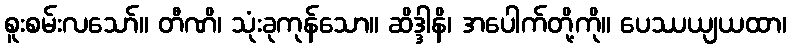
စူးစမ်းလသော်။ တီဏိ၊ သုံးခုကုန်သော။ ဆိဒ္ဒါနိ၊ အပေါက်တို့ကို။ ပေဿယျယထာ၊